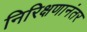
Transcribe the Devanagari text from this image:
निरिक्षणानंतर